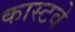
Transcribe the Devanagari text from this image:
कास्टवे